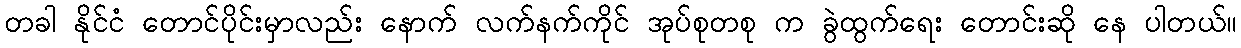
တခါ နိုင်ငံ တောင်ပိုင်းမှာလည်း နောက် လက်နက်ကိုင် အုပ်စုတစု က ခွဲထွက်ရေး တောင်းဆို နေ ပါတယ်။